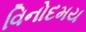
વિનોદમય